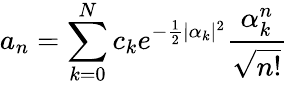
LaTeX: a_{n}=\sum_{k=0}^{N}c_{k}e^{-\frac{1}{2}|\alpha_{k}|^{2}}\frac{\alpha_{k}^{n}}{\sqrt{n!}}